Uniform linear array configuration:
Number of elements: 8
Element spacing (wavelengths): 0.5
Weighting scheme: kaiser
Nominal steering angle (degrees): -15
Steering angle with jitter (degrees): -15.133
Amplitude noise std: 0.05
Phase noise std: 0.05

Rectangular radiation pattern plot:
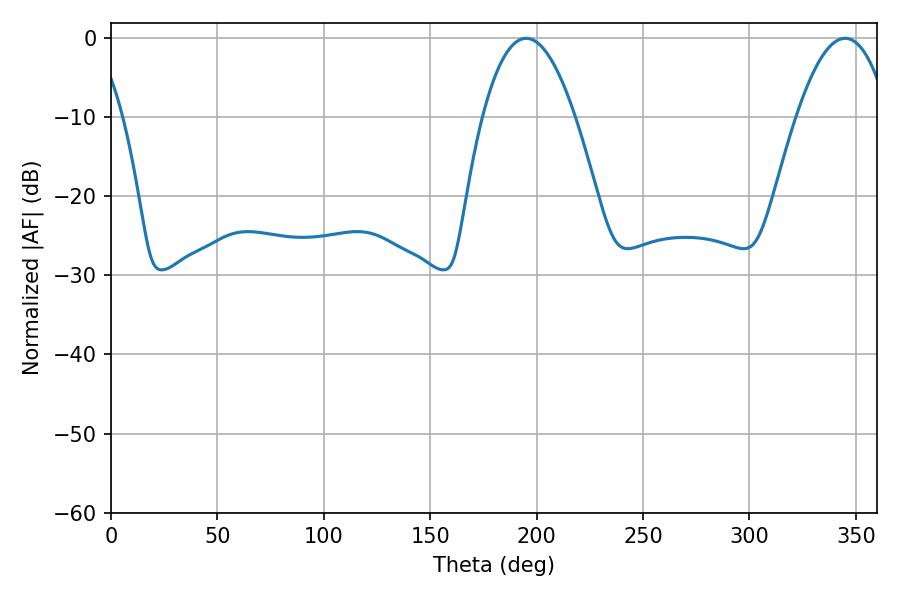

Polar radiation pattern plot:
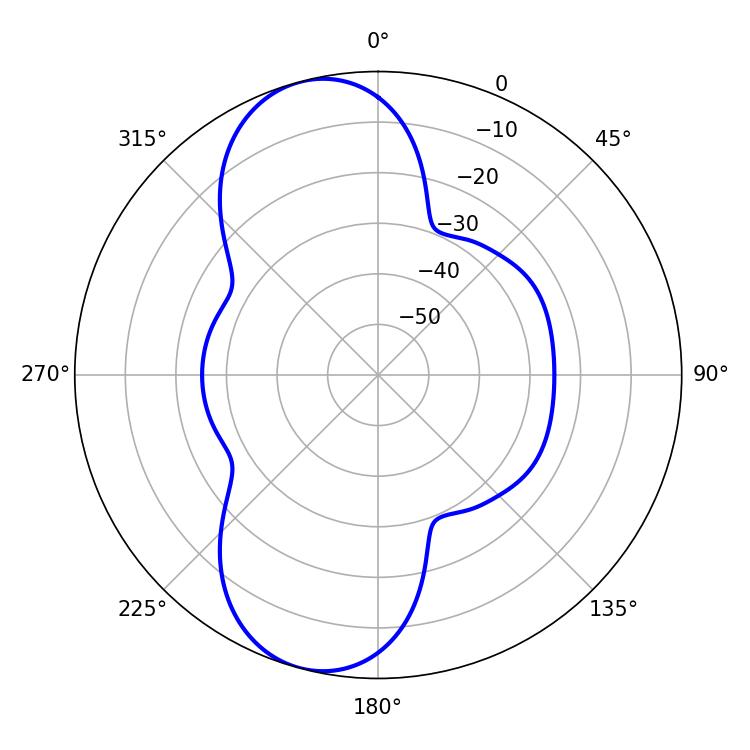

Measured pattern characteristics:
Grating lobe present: FALSE
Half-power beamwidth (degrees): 23.94
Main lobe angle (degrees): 195.12